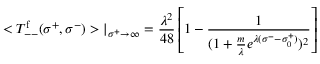
< T _ { -- } ^ { \mathrm { f } } ( \sigma ^ { + } , \sigma ^ { - } ) > | _ { \sigma ^ { + } \rightarrow \infty } = \frac { \lambda ^ { 2 } } { 4 8 } \left[ 1 - \frac { 1 } { ( 1 + \frac { m } { \lambda } e ^ { \lambda ( \sigma ^ { - } - \sigma _ { 0 } ^ { + } ) } ) ^ { 2 } } \right]